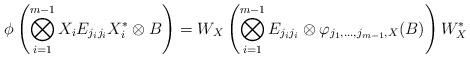
LaTeX: \begin{align*}\phi\left (\bigotimes\limits_{i=1}^{m-1}X_iE_{j_ij_i}X_i^*\otimes B\right )=W_X\left (\bigotimes\limits_{i=1}^{m-1}E_{j_ij_i}\otimes\varphi_{j_1,\ldots,j_{m-1},X}(B)\right )W_X^*\end{align*}